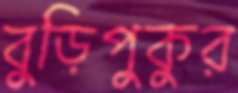
বুড়িপুকুর